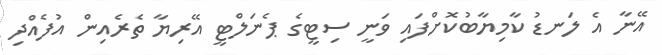
އޭނާ އެ ލަނޑު ކާމިޔާބުކޮށްފައި ވަނީ ސިޓީގެ ޕެނަލްޓީ އޭރިޔާ ތެރެއިން އުފެއްދި